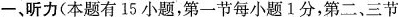
一、听力(本题有15小题,第一节每小题1分,第二、三节